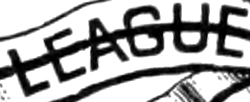
LEAGUE